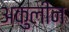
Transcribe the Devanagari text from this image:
अकुलीन